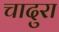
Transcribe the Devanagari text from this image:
चादुरा